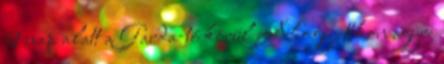
2 nap alatt a Garda-tó körül Ahogy itthon egyre